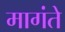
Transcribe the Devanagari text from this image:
मागंते